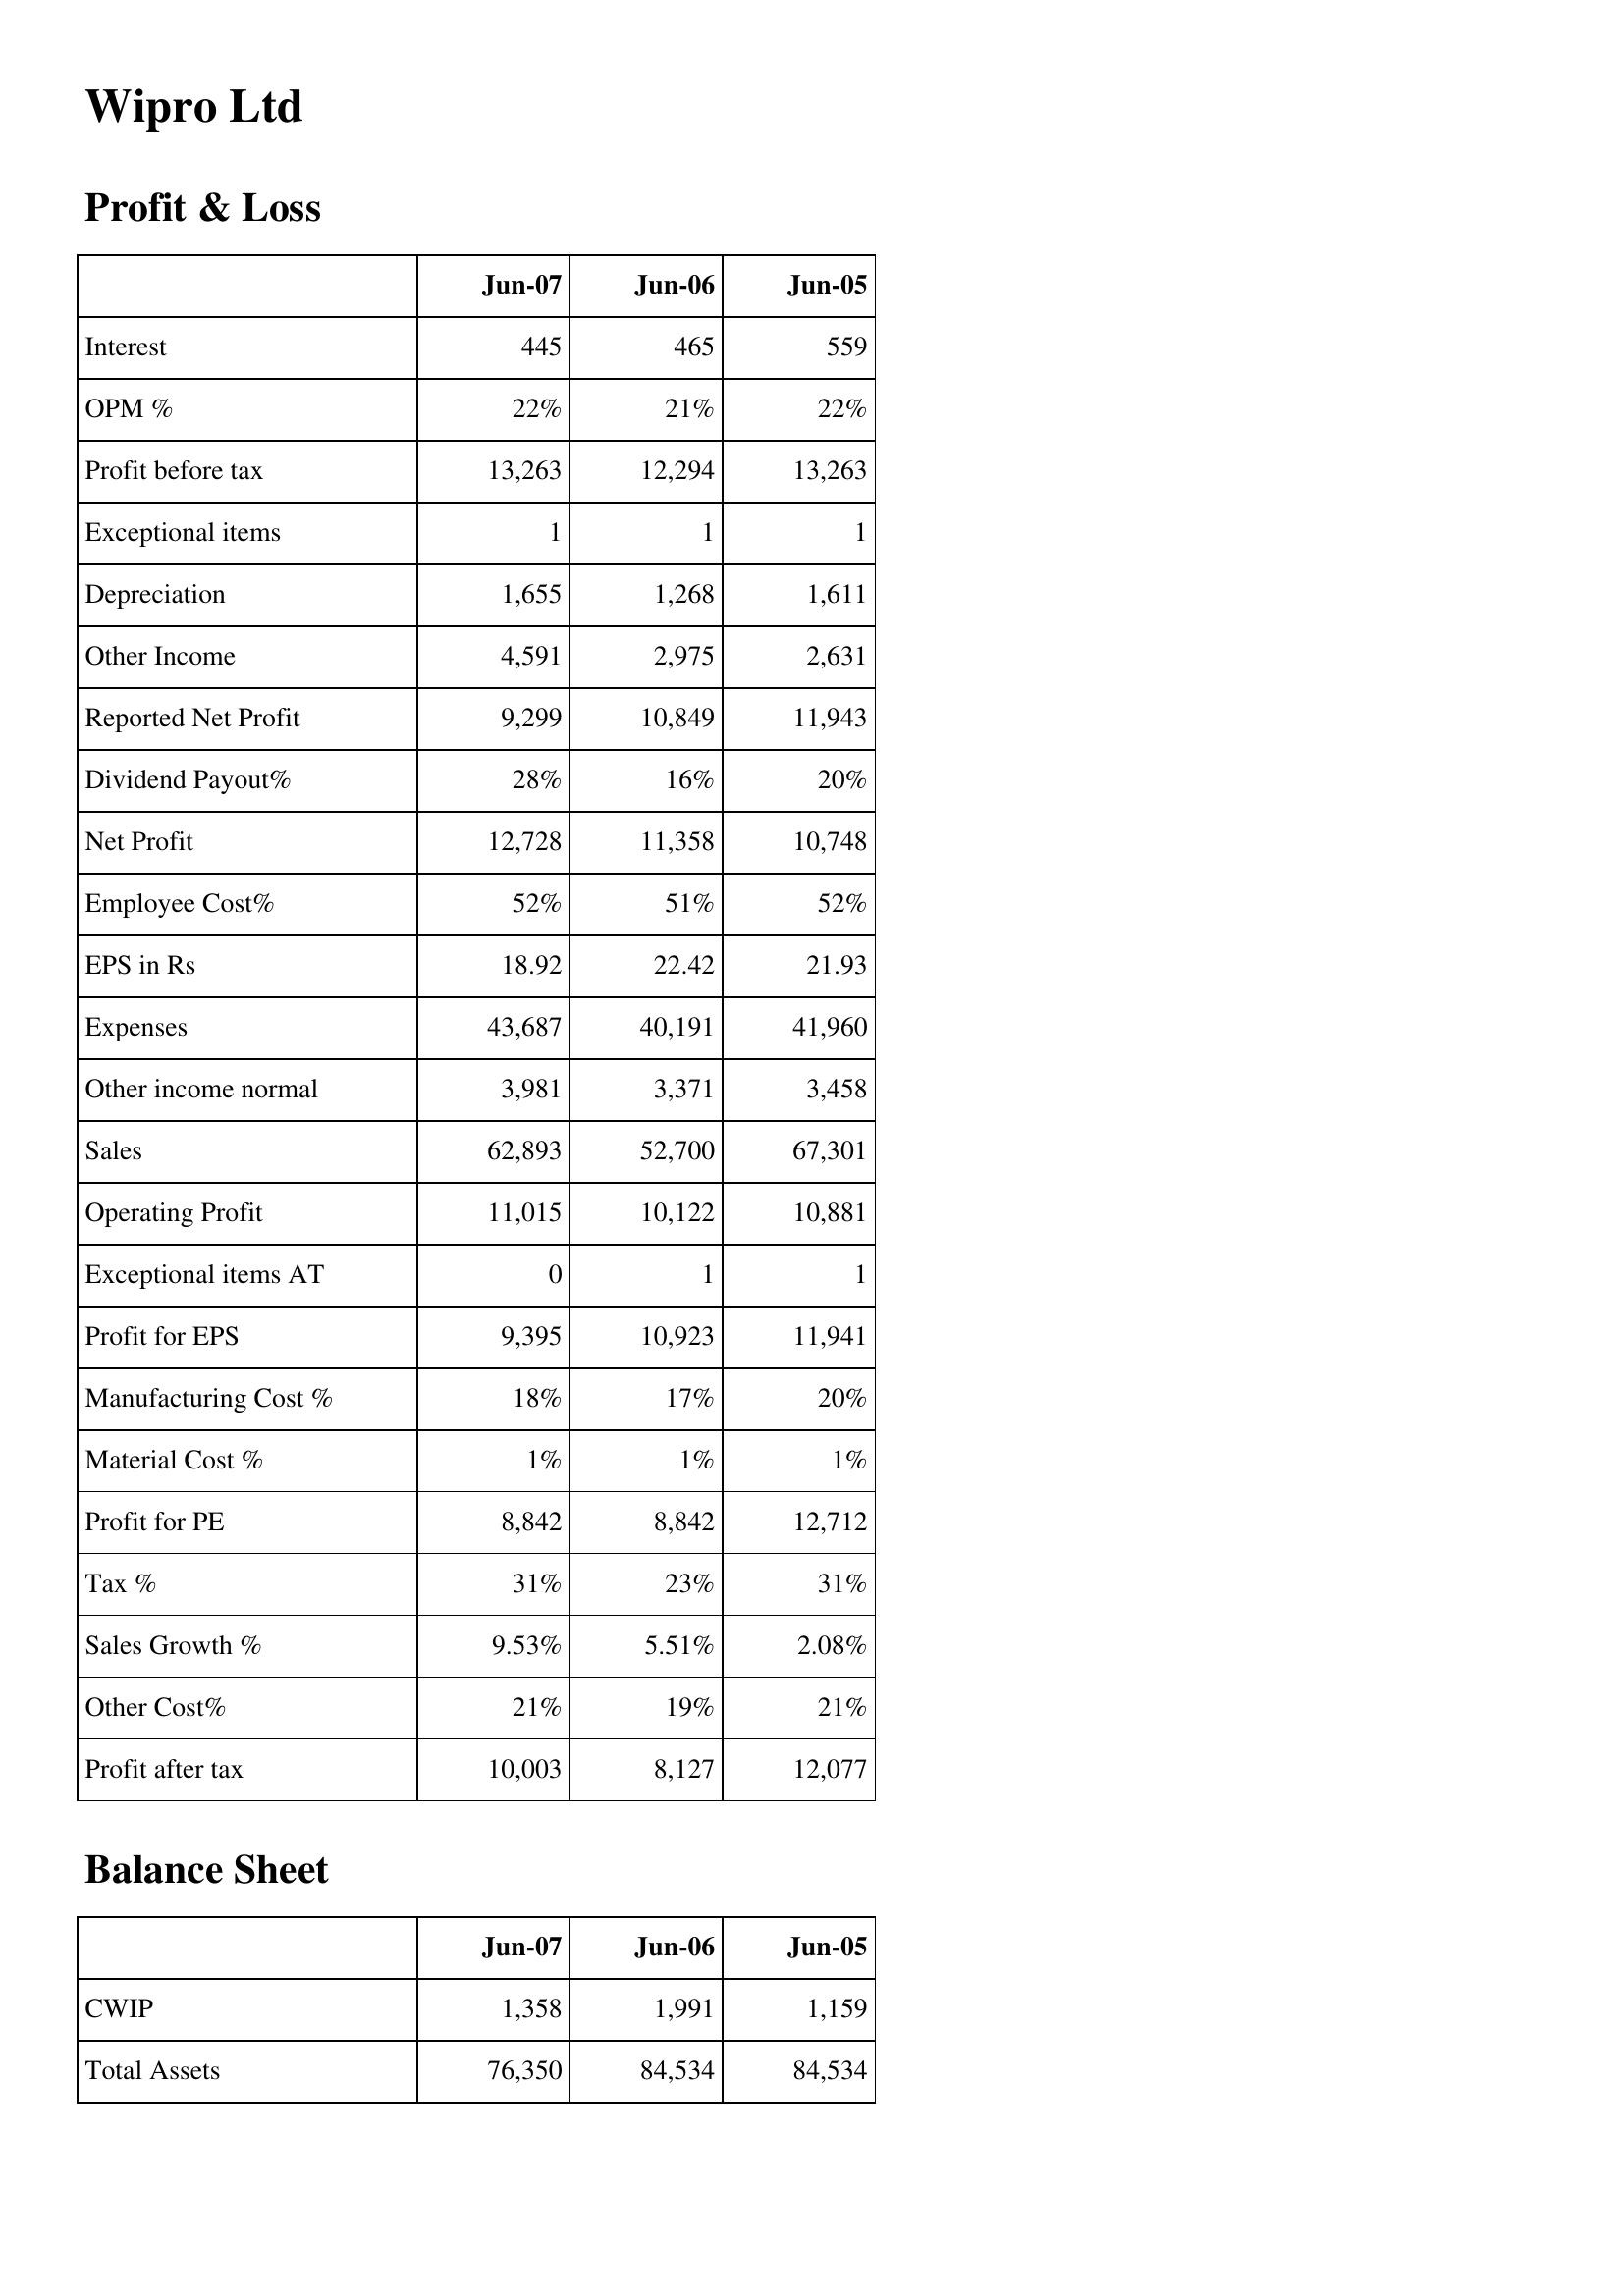
Jun-07: Profit & Loss: Interest: 445
OPM %: 22%
Profit before tax: 13,263
Exceptional items: 1
Depreciation: 1,655
Other Income: 4,591
Reported Net Profit: 9,299
Dividend Payout%: 28%
Net Profit: 12,728
Employee Cost%: 52%
EPS in Rs: 18.92
Expenses: 43,687
Other income normal: 3,981
Sales: 62,893
Operating Profit: 11,015
Exceptional items AT: 0
Profit for EPS: 9,395
Manufacturing Cost %: 18%
Material Cost %: 1%
Profit for PE: 8,842
Tax %: 31%
Sales Growth %: 9.53%
Other Cost%: 21%
Profit after tax: 10,003
Balance Sheet: CWIP: 1,358
Total Assets: 76,350
Jun-06: Profit & Loss: Interest: 465
OPM %: 21%
Profit before tax: 12,294
Exceptional items: 1
Depreciation: 1,268
Other Income: 2,975
Reported Net Profit: 10,849
Dividend Payout%: 16%
Net Profit: 11,358
Employee Cost%: 51%
EPS in Rs: 22.42
Expenses: 40,191
Other income normal: 3,371
Sales: 52,700
Operating Profit: 10,122
Exceptional items AT: 1
Profit for EPS: 10,923
Manufacturing Cost %: 17%
Material Cost %: 1%
Profit for PE: 8,842
Tax %: 23%
Sales Growth %: 5.51%
Other Cost%: 19%
Profit after tax: 8,127
Balance Sheet: CWIP: 1,991
Total Assets: 84,534
Jun-05: Profit & Loss: Interest: 559
OPM %: 22%
Profit before tax: 13,263
Exceptional items: 1
Depreciation: 1,611
Other Income: 2,631
Reported Net Profit: 11,943
Dividend Payout%: 20%
Net Profit: 10,748
Employee Cost%: 52%
EPS in Rs: 21.93
Expenses: 41,960
Other income normal: 3,458
Sales: 67,301
Operating Profit: 10,881
Exceptional items AT: 1
Profit for EPS: 11,941
Manufacturing Cost %: 20%
Material Cost %: 1%
Profit for PE: 12,712
Tax %: 31%
Sales Growth %: 2.08%
Other Cost%: 21%
Profit after tax: 12,077
Balance Sheet: CWIP: 1,159
Total Assets: 84,534